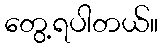
တွေ့ရပါတယ်။